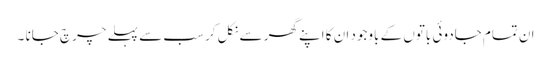
ان تمام جادوئی باتوں کے باوجود ان کا اپنے گھر سے نکل کر سب سے پہلے چرچ جانا ۔